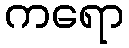
ကရော